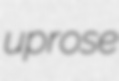
uprose